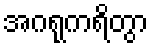
အဂရုကရိတွာ